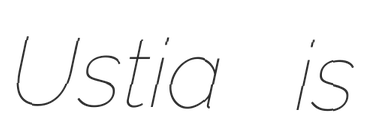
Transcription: Ustia is